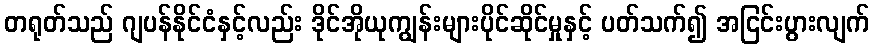
တရုတ်သည် ဂျပန်နိုင်ငံနှင့်လည်း ဒိုင်အိုယုကျွန်းများပိုင်ဆိုင်မှုနှင့် ပတ်သက်၍ အငြင်းပွားလျက်